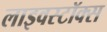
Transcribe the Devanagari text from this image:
लाइवस्टॉक्स